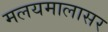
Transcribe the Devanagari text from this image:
मलयमालासर